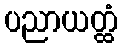
ပညာယတ္ထံ